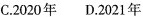
C.2020年 D.2021年